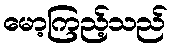
မော့ကြည့်သည်